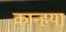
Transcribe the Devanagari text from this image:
कान्हया